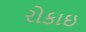
રોકાઇ